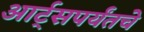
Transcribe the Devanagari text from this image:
आर्ट्‌सपर्यंतचे